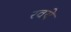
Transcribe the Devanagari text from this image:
रवये